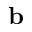
{ \bf b }